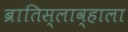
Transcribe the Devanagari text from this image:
ब्रातिस्लाव्हाला